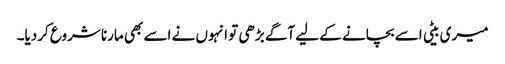
میری بیٹی اسے بچانے کے لیے آگے بڑھی تو انہوں نے اسے بھی مارنا شروع کردیا۔